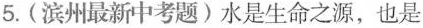
5.(滨州最新中考题)水是生命之源，也是